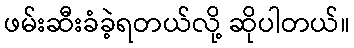
ဖမ်းဆီးခံခဲ့ရတယ်လို့ ဆိုပါတယ်။